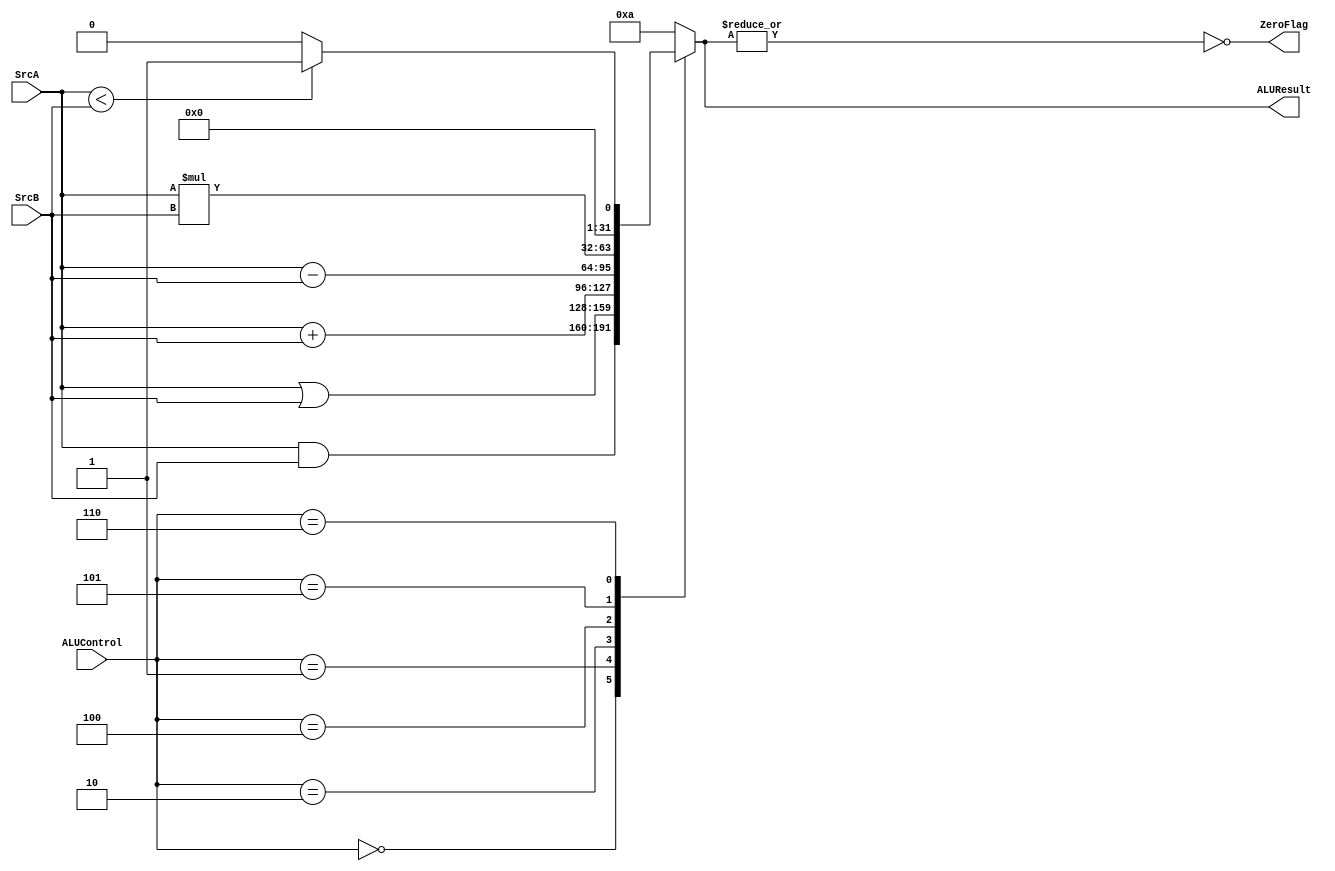
module ALU (
    input wire [31:0] SrcA,
    input wire [31:0] SrcB,
    input wire [2:0] ALUControl,
    output wire ZeroFlag,
    output reg [31:0] ALUResult
);


assign ZeroFlag = ~(|ALUResult);


always @(*)

    begin
    
     case (ALUControl)

     3'b000: ALUResult = SrcA & SrcB;
     3'b001: ALUResult = SrcA | SrcB;
     3'b010: ALUResult = SrcA + SrcB;
     3'b100: ALUResult = SrcA - SrcB;
     3'b101: ALUResult = SrcA * SrcB;
     3'b110: 
            begin
             if ( SrcA < SrcB)
              ALUResult = 32'd1;
            else
              ALUResult = 32'd0;

            end
     

         default: 

         ALUResult = 32'd10;

     endcase


     end

    
endmodule